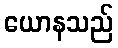
ယောနသည်